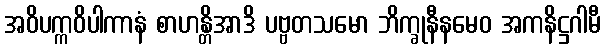
အဝိပက္ကဝိပါကာနံ စာဟန္တိအာဒိ ပဗ္ဗတသမော ဘိက္ခုနီနမေဝ အကနိဋ္ဌဂါမီ